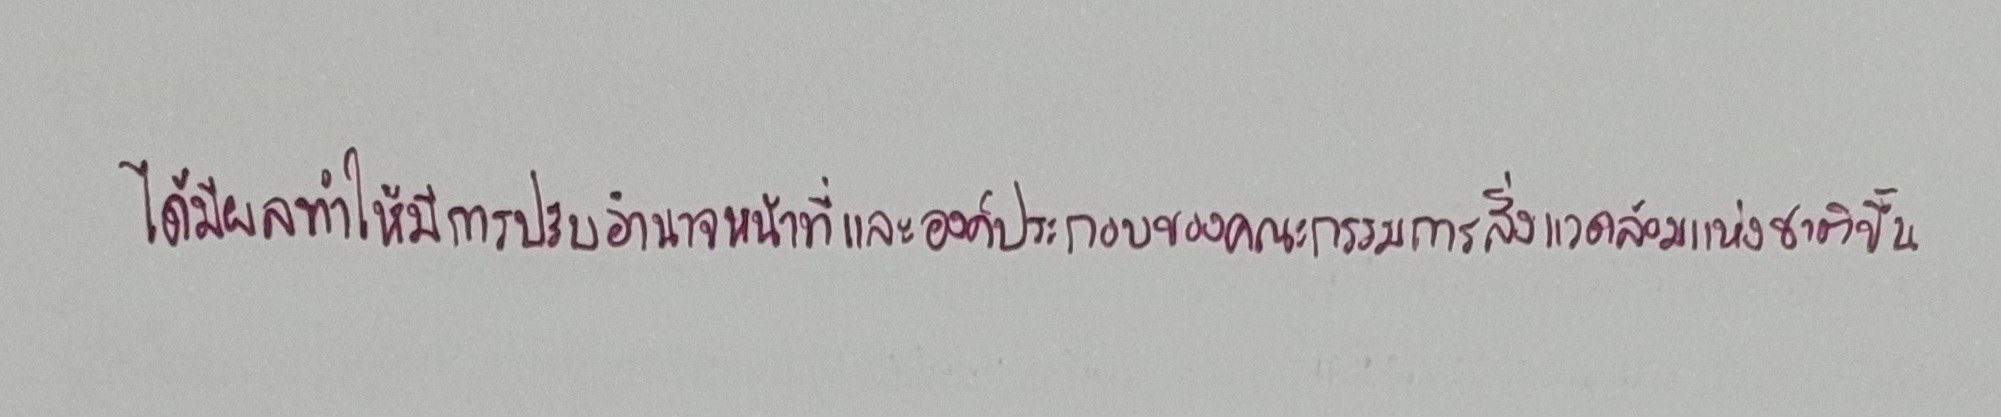
ได้มีผลทำให้มีการปรับอำนาจหน้าที่และองค์ประกอบของคณะกรรมการสิ่งแวดล้อมแห่งชาติขึ้น